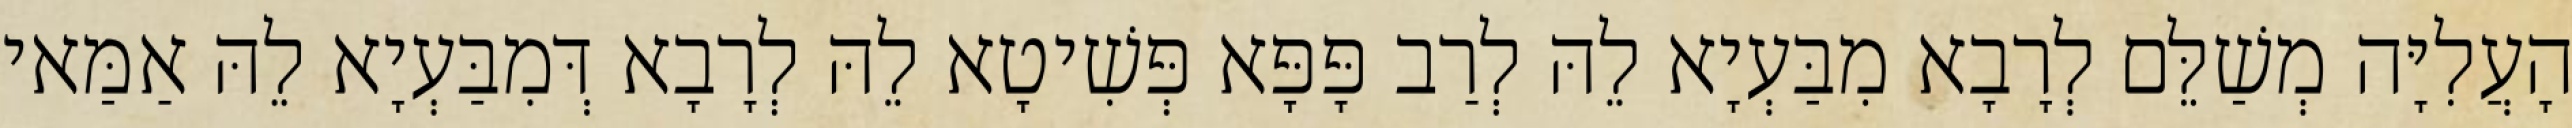
הָעֲלִיָּה מְשַׁלֵּם לְרָבָא מִבַּעְיָא לֵהּ לְרַב פָּפָּא פְּשִׁיטָא לֵהּ לְרָבָא דְּמִבַּעְיָא לֵהּ אַמַּאי